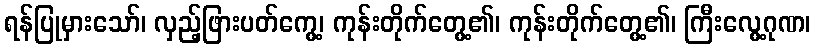
ရန်ပြုမှားသော်၊ လှည့်ဖြားပတ်ကွေ့၊ ကုန်းတိုက်တွေ့၏၊ ကုန်းတိုက်တွေ့၏၊ ကြီးလွေ့ဂုဏ၊